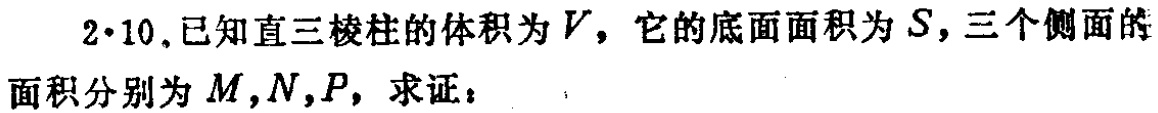
$2\cdot10$.已知直三棱柱的体积为$V$，它的底面面积为$S$，三个侧面的面积分别为$M,N,P$，求证：